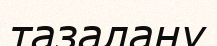
тазалану